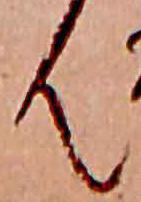
ん